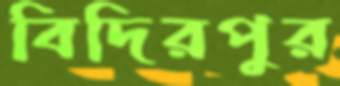
বিদিরপুর